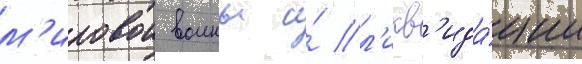
м'ировои воины и́ л'икв'ида́ции